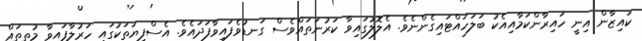
ކައިޒާން އިނީ ހައިރާންކަމާއިއެކު ބަލަހައްޓައިގެންނެވެ. އެލޮލުގައިވާ ކަރުނަތައްވެސް ގަނޑުވެފައިވާފަދައެވެ. އެސްފިޔަތަކުގައި ހަރުލާފައިވާ މުތީތައް